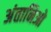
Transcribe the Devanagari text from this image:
अंतानिओ